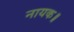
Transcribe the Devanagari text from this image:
नायक॥